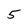
Character: 5